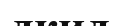
лкил